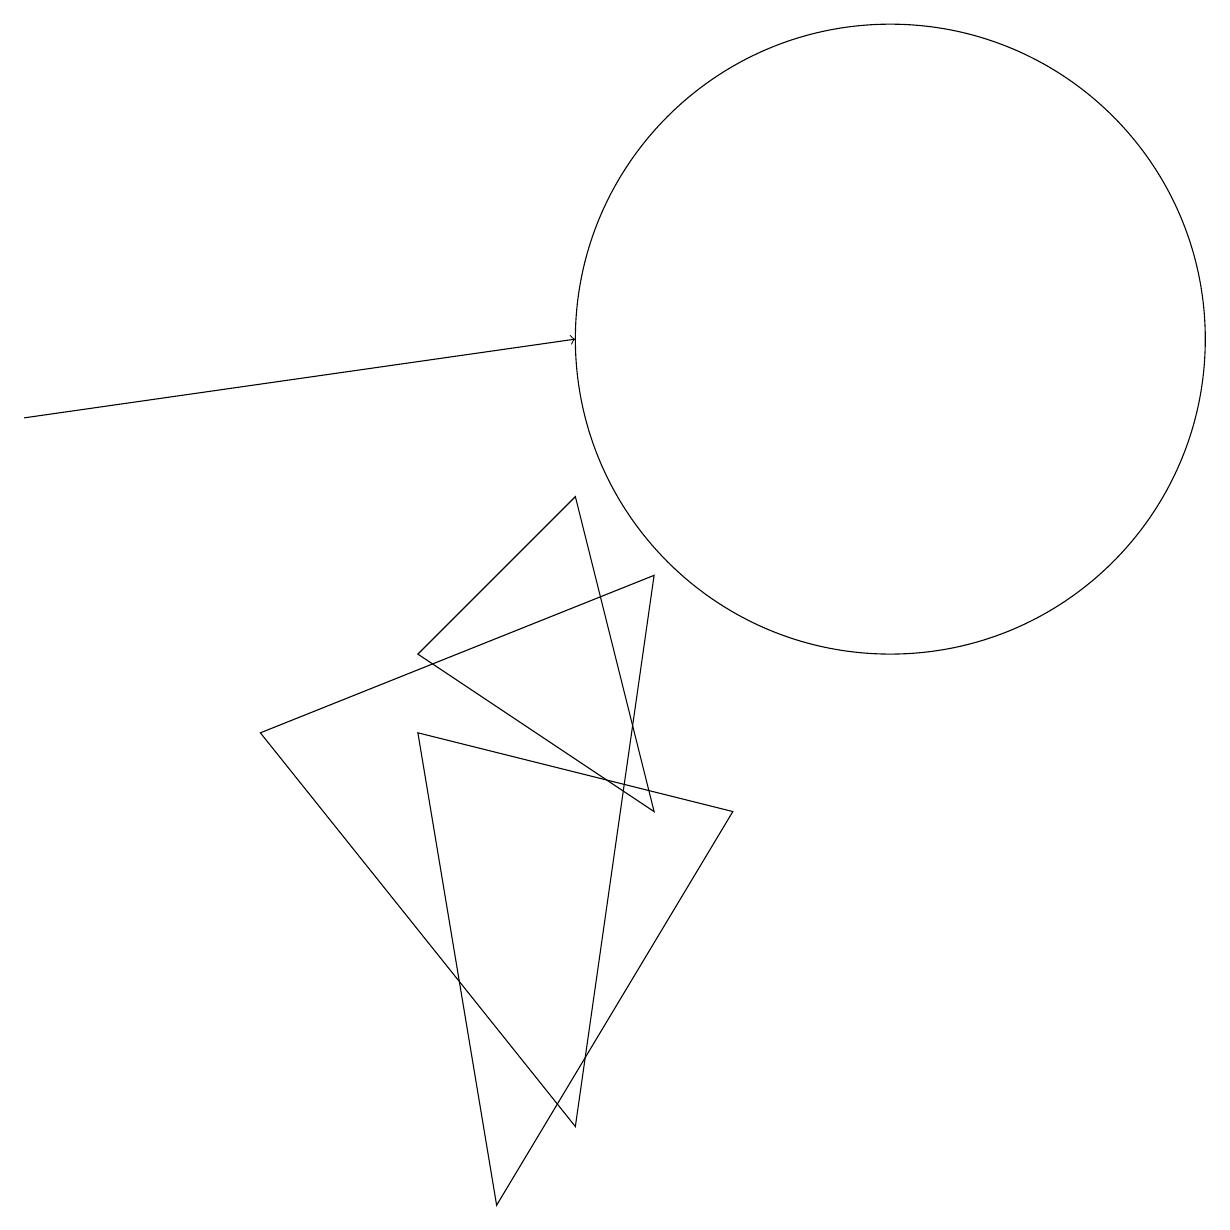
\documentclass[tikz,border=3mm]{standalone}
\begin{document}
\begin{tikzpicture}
\draw (11,11) circle (4);
\draw (8,8) -- (3,6) -- (7,1) -- cycle;
\draw[->] (0,10) -- (7,11);
\draw (5,6) -- (9,5) -- (6,0) -- cycle;
\draw (8,5) -- (7,9) -- (5,7) -- cycle;
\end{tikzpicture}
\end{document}